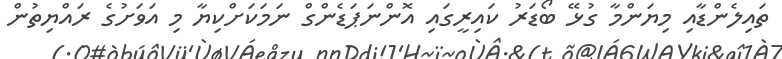
ތައިލެންޑާއި މިޔަންމާ ގުޅޭ ބޯޑަރު ކައިރީގައި އޮންނަޕަޑެންގް ނަމަކަށްކިޔާ މި އަވަށުގެ ރައްޔިތުން